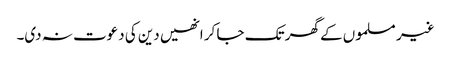
غیر مسلموں کے گھر تک جا کر انھیں دین کی دعوت نہ دی۔